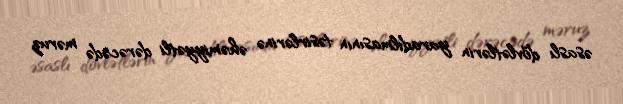
əsaslı dövlətlərin yaradılmasının təsirlərinə əhəmiyyətli dərəcədə məruz